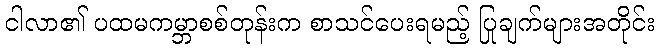
ငါလာ၏ ပထမကမ္ဘာစစ်တုန်းက စာသင်ပေးရမည့် ပြုချက်များအတိုင်း